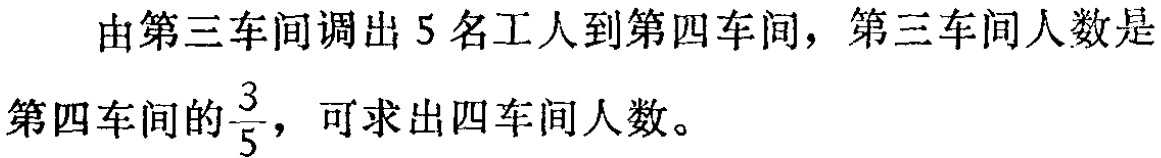
由第三车间调出 5 名工人到第四车间，第三车间人数是

第四车间的$\frac{3}{5}$，可求出四车间人数。